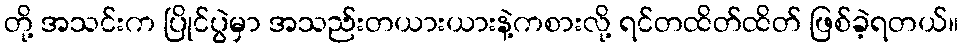
တို့ အသင်းက ပြိုင်ပွဲမှာ အသည်းတယားယားနဲ့ကစားလို့ ရင်တထိတ်ထိတ် ဖြစ်ခဲ့ရတယ်။